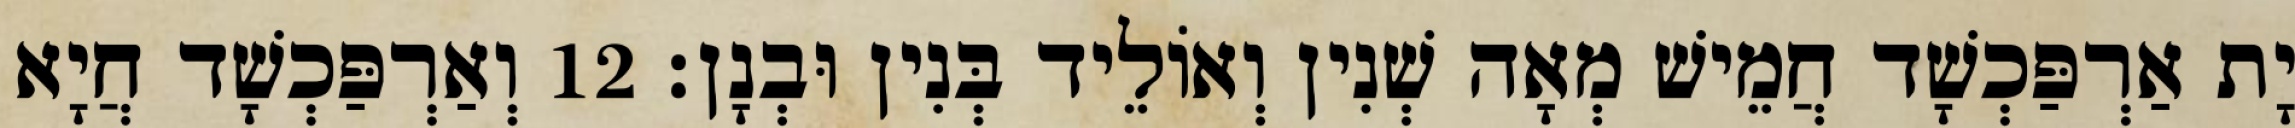
יָת אַרְפַּכְשָׁד חֲמֵישׁ מְאָה שְׁנִין וְאוֹלֵיד בְּנִין וּבְנָן׃ 12 וְאַרְפַּכְשָׁד חֲיָא